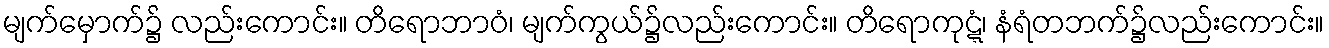
မျက်မှောက်၌ လည်းကောင်း။ တိရောဘာဝံ၊ မျက်ကွယ်၌လည်းကောင်း။ တိရောကုဋ္ဋံ၊ နံရံတဘက်၌လည်းကောင်း။